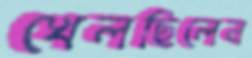
খেলছিলেন